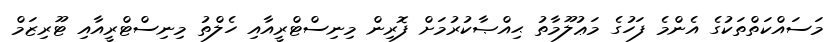
މަސައްކަތްތަކުގެ އެންމެ ފަހުގެ މަޢުލޫމާތު ޙިއްޞާކުރުމަށް ފޮރިން މިނިސްޓްރީއާއި ހެލްތު މިނިސްޓްރީއާއި ޓޫރިޒަމް